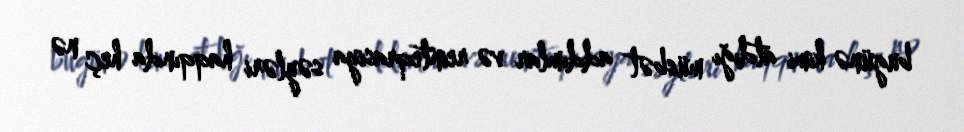
bugünə kimi atdığı müsbət addımlar və reinteqrasiya səyləri haqqında heç nə